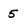
Character: 5